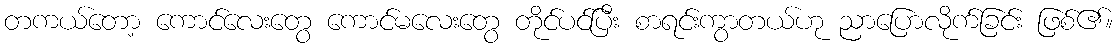
တကယ်တော့ ကောင်လေးတွေ ကောင်မလေးတွေ တိုင်ပင်ပြီး စာရင်းကွာတယ်ဟု ညာပြောလိုက်ခြင်း ဖြစ်၏။